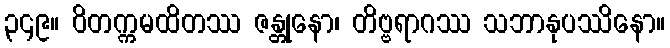
၃၄၉။ ဝိတက္ကမထိတဿ ဇန္တုနော၊ တိဗ္ဗရာဂဿ သဘာနုပဿိနော။